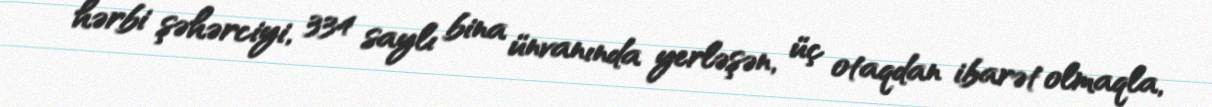
hərbi şəhərciyi, 334 saylı bina ünvanında yerləşən, üç otaqdan ibarət olmaqla,